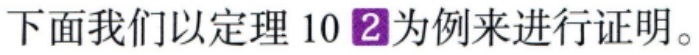
下面我们以定理 10\textcircled{2}为例来进行证明。